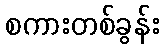
စကားတစ်ခွန်း